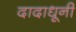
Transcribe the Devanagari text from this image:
दादाधूनी